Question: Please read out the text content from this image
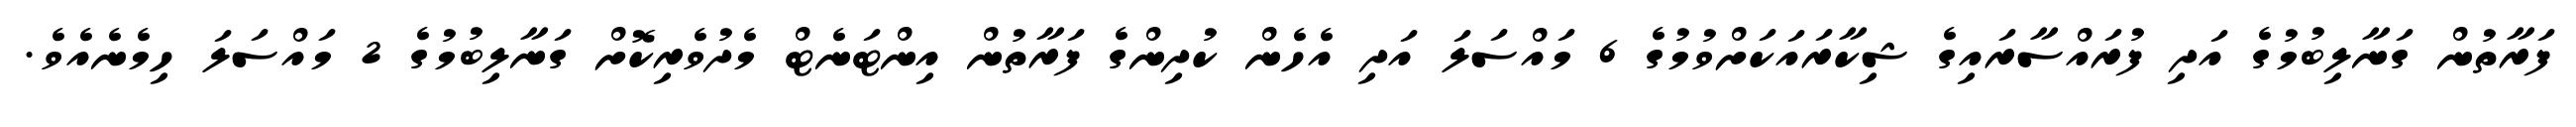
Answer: ފަރާތުން ގަނާލިބުމުގެ އަދި ފުރައްސާރައިގެ ޝިކާރައަކަށްވުމުގެ 6 މައްސަލަ އަދި އެހެން ކުދިންގެ ފަރާތުން އިންޓަނެޓް މެދުވެރިކޮށް ގަނާލިބުމުގެ 2 މައްސަލަ ހިމެނެއެވެ.